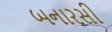
બનારસી